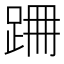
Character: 𨀢